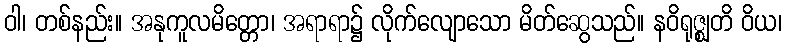
ဝါ၊ တစ်နည်း။ အနုကူလမိတ္တော၊ အရာရာ၌ လိုက်လျောသော မိတ်ဆွေသည်။ နဝိရုဇ္ဈတိ ဝိယ၊